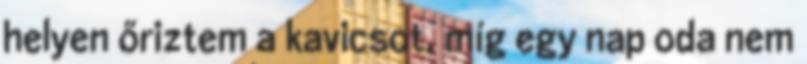
helyen őriztem a kavicsot, míg egy nap oda nem